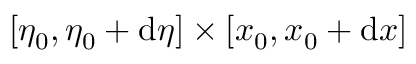
[ \eta _ { 0 } , \eta _ { 0 } + \mathrm { d } \eta ] \times [ x _ { 0 } , x _ { 0 } + \mathrm { d } x ]